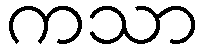
ကသာ